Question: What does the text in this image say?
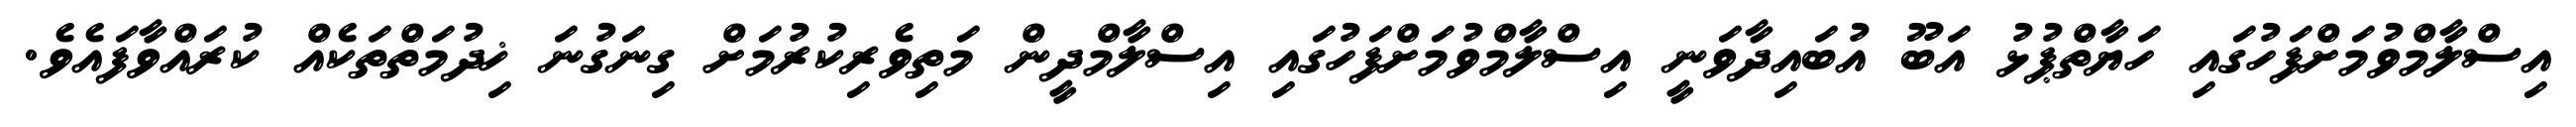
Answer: އިސްލާމްވުމަށްފަހުގައި ހަޔާތްޕުޅު އަބޫ އުބައިދާވަނީ އިސްލާމްވުމަށްފަހުގައި އިސްލާމްދީން މަތިވެރިކުރުމަށް ގިނަގުނަ ޚިދުމަތްތަކެއް ކުރައްވާފައެވެ.